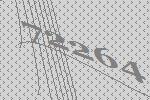
72264